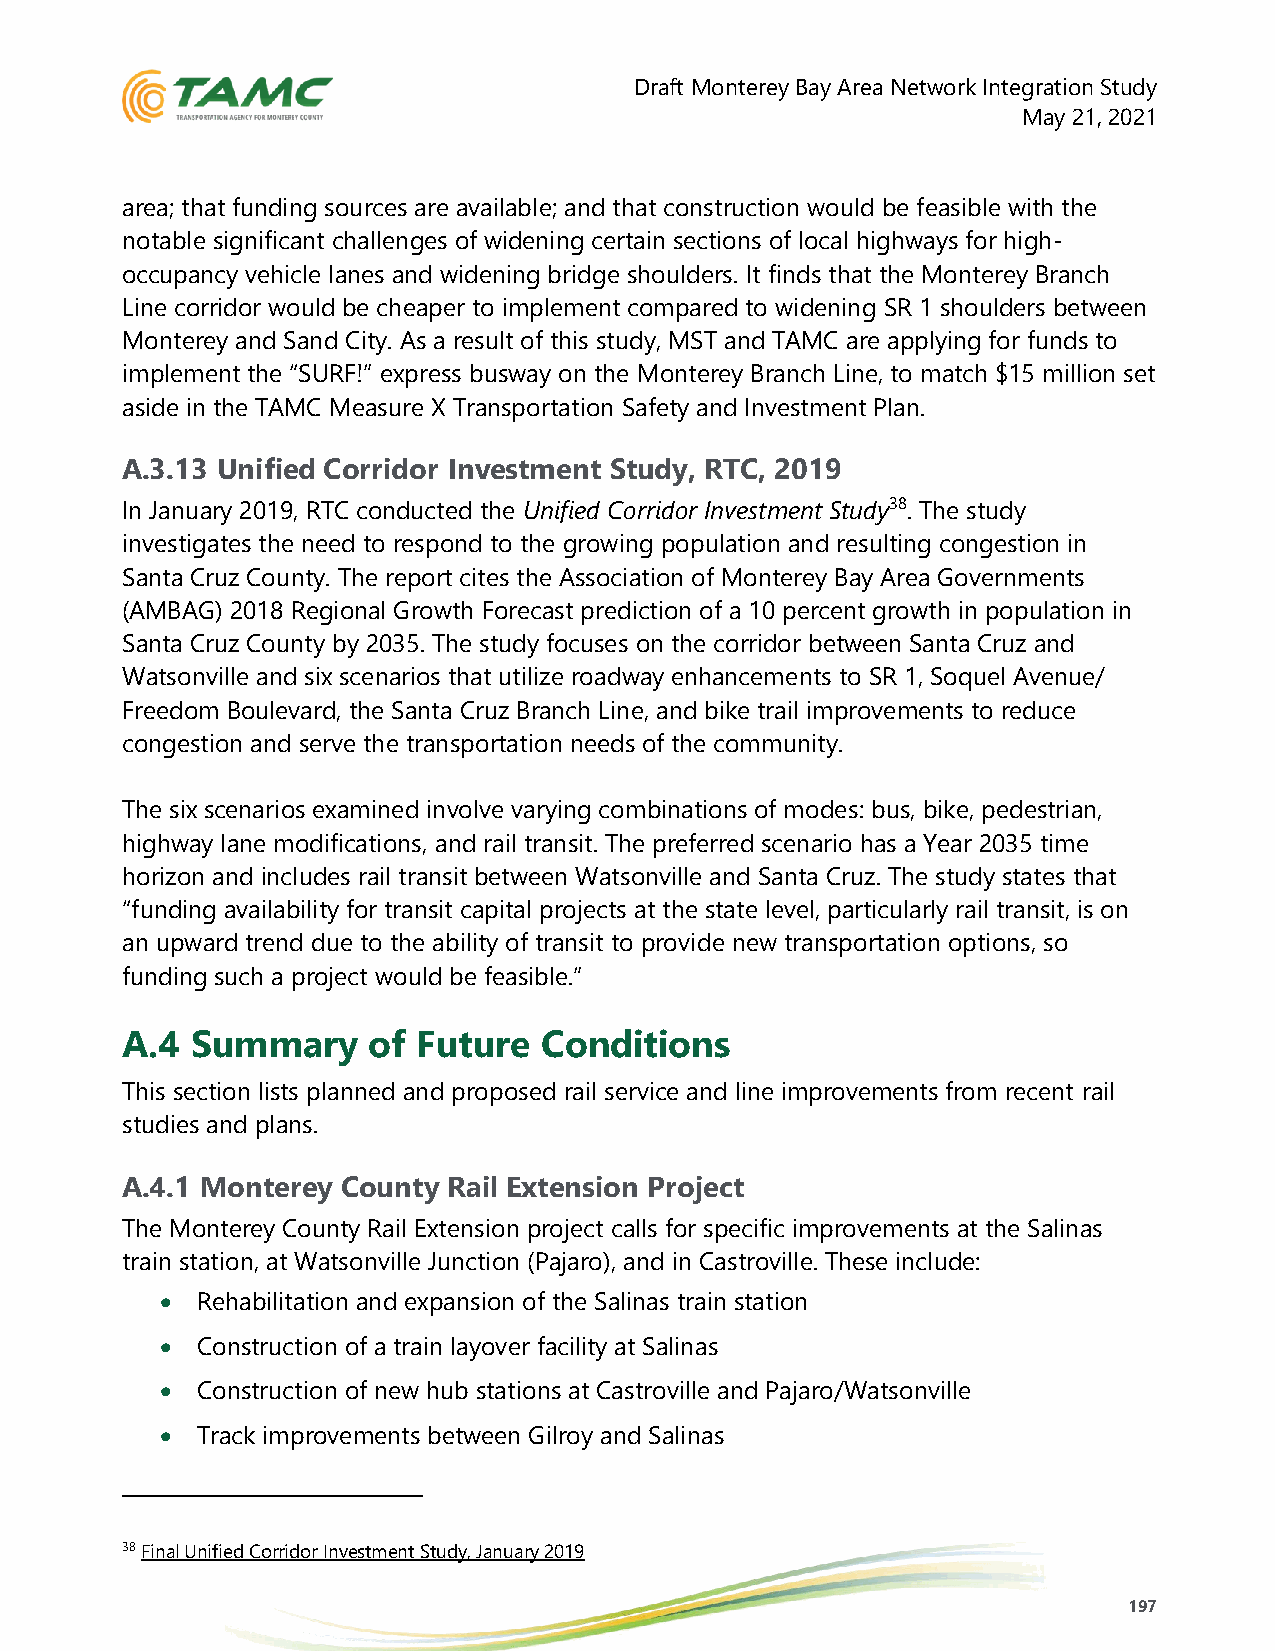
Draft Monterey Bay Area Network Integration Study
 May 21, 2021
 area; that funding sources are available; and that construction would be feasible with the
 notable significant challenges of widening certain sections of local highways for high-
 occupancy vehicle lanes and widening bridge shoulders. It finds that the Monterey Branch
 Line corridor would be cheaper to implement compared to widening SR 1 shoulders between
 Monterey and Sand City. As a result of this study, MST and TAMC are applying for funds to
 implement the “SURF!” express busway on the Monterey Branch Line, to match $15 million set
 aside in the TAMC Measure X Transportation Safety and Investment Plan.
 A.3.13 Unified Corridor Investment Study, RTC, 2019
 In January 2019, RTC conducted the Unified Corridor Investment Study38. The study
 investigates the need to respond to the growing population and resulting congestion in
 Santa Cruz County. The report cites the Association of Monterey Bay Area Governments
 (AMBAG) 2018 Regional Growth Forecast prediction of a 10 percent growth in population in
 Santa Cruz County by 2035. The study focuses on the corridor between Santa Cruz and
 Watsonville and six scenarios that utilize roadway enhancements to SR 1, Soquel Avenue/
 Freedom Boulevard, the Santa Cruz Branch Line, and bike trail improvements to reduce
 congestion and serve the transportation needs of the community.
 The six scenarios examined involve varying combinations of modes: bus, bike, pedestrian,
 highway lane modifications, and rail transit. The preferred scenario has a Year 2035 time
 horizon and includes rail transit between Watsonville and Santa Cruz. The study states that
 “funding availability for transit capital projects at the state level, particularly rail transit, is on
 an upward trend due to the ability of transit to provide new transportation options, so
 funding such a project would be feasible.”
 A.4  Summary    of  Future  Conditions
 This section lists planned and proposed rail service and line improvements from recent rail
 studies and plans.
 A.4.1 Monterey County Rail Extension Project
 The Monterey County Rail Extension project calls for specific improvements at the Salinas
 train station, at Watsonville Junction (Pajaro), and in Castroville. These include:
 • Rehabilitation and expansion of the Salinas train station
 • Construction of a train layover facility at Salinas
 • Construction of new hub stations at Castroville and Pajaro/Watsonville
 • Track improvements between Gilroy and Salinas
 38 Final Unified Corridor Investment Study, January 2019
 197